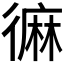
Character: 𪎓